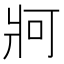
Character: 牁